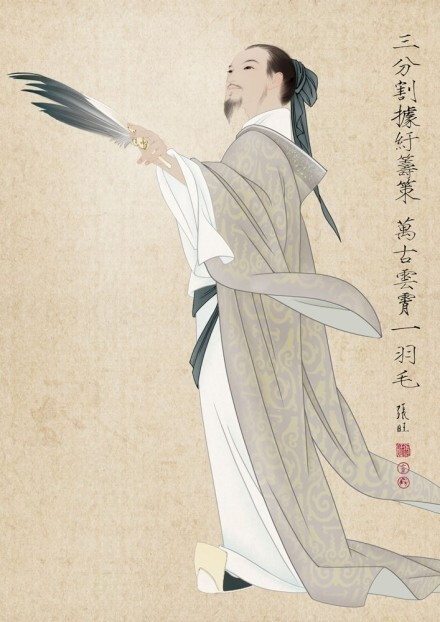
非学无以广才，非志无以成学。